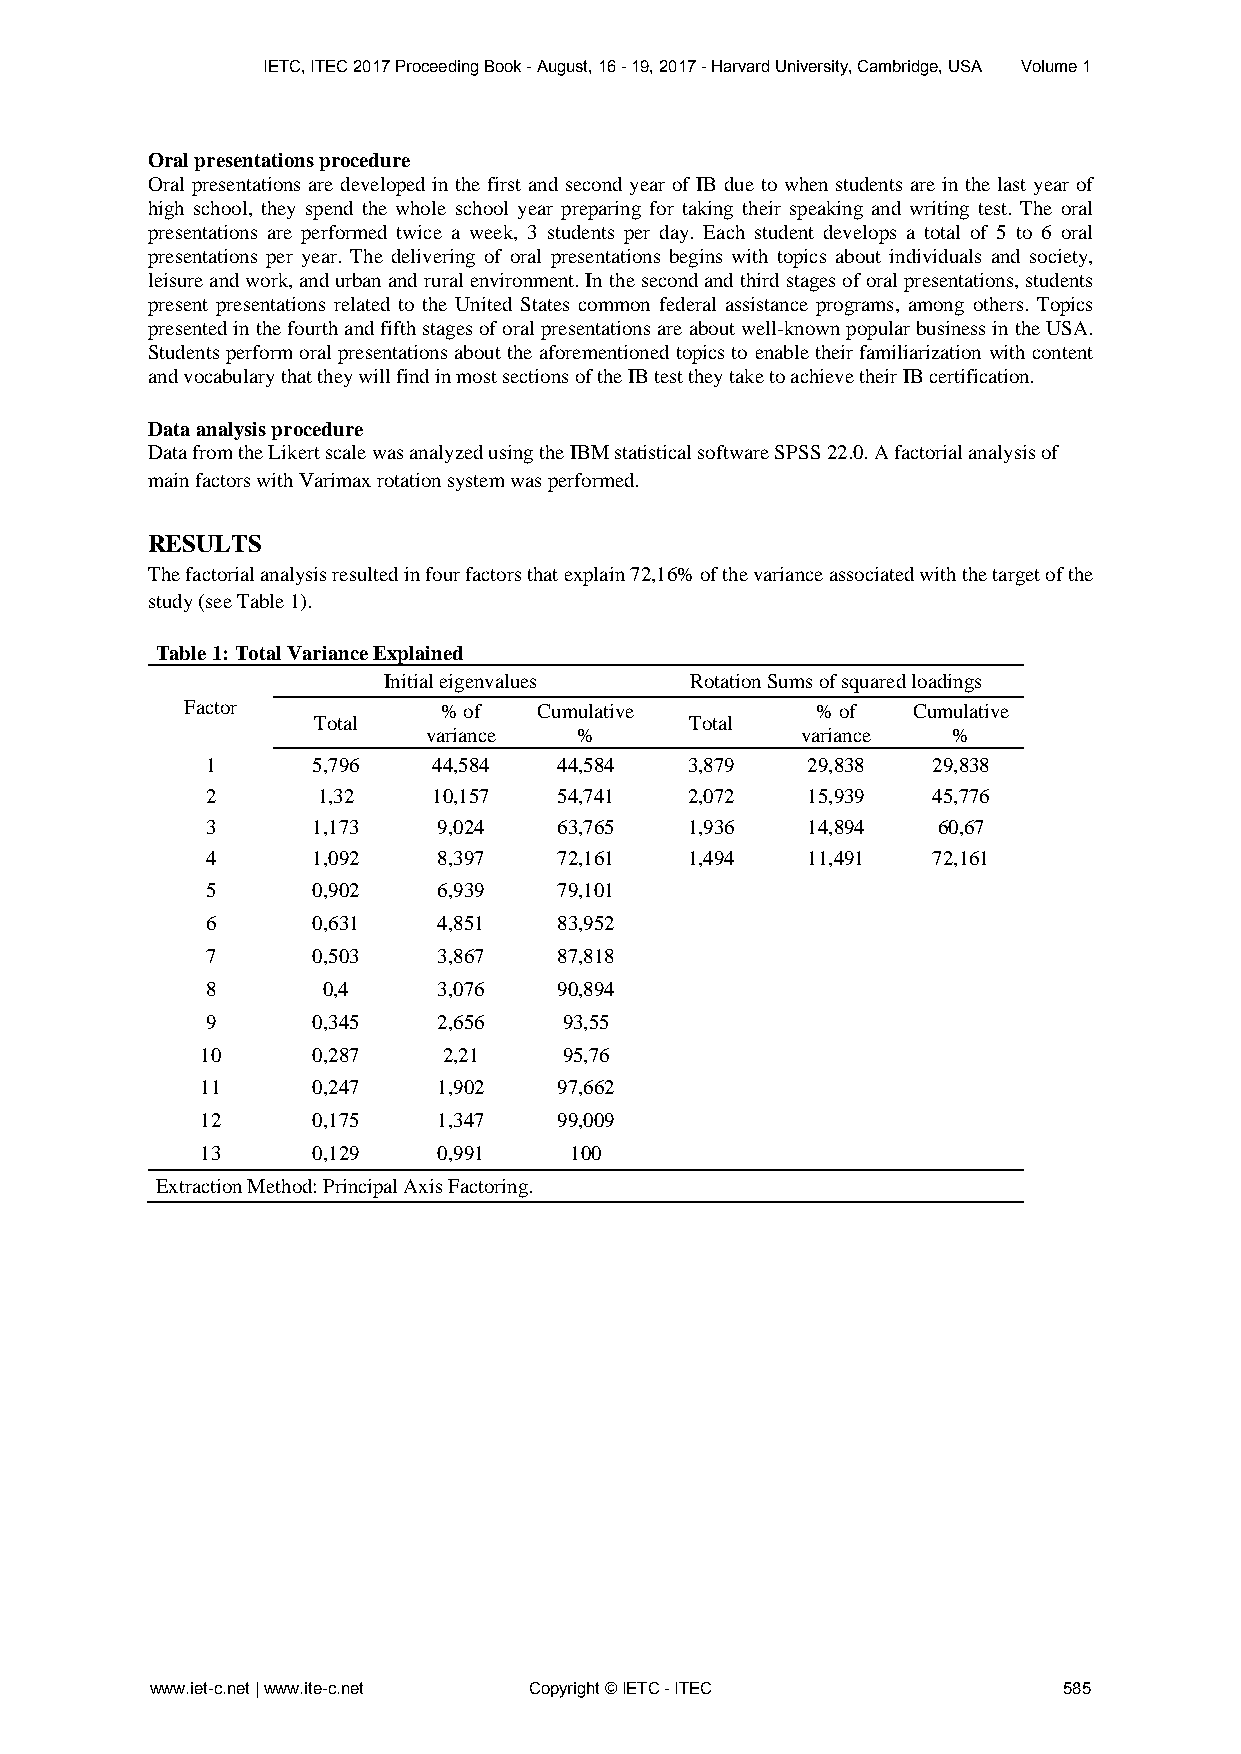
IETC, ITEC 2017 Proceeding Book - August, 16 - 19, 2017 - Harvard University, Cambridge, USA Volume 1
 Oral presentations procedure
 Oral presentations are developed in the first and second year of IB due to when students are in the last year of
 high school, they spend the whole school year preparing for taking their speaking and writing test. The oral
 presentations are performed twice a week, 3 students per day. Each student develops a total of 5 to 6 oral
 presentations per year. The delivering of oral presentations begins with topics about individuals and society,
 leisure and work, and urban and rural environment. In the second and third stages of oral presentations, students
 present presentations related to the United States common federal assistance programs, among others. Topics
 presented in the fourth and fifth stages of oral presentations are about well-known popular business in the USA.
 Students perform oral presentations about the aforementioned topics to enable their familiarization with content
 and vocabulary that they will find in most sections of the IB test they take to achieve their IB certification.
 Data analysis procedure
 Data from the Likert scale was analyzed using the IBM statistical software SPSS 22.0. A factorial analysis of
 main factors with Varimax rotation system was performed.
 RESULTS
 The factorial analysis resulted in four factors that explain 72,16% of the variance associated with the target of the
 study (see Table 1).
 Table 1: Total Variance Explained
 Initial eigenvalues  Rotation Sums of squared loadings
 Factor           % of   Cumulative        % of  Cumulative
 Total                    Total
 variance  %              variance  %
 1      5,796   44,584  44,584   3,879  29,838   29,838
 2      1,32    10,157  54,741   2,072  15,939   45,776
 3      1,173   9,024   63,765   1,936  14,894   60,67
 4      1,092   8,397   72,161   1,494  11,491   72,161
 5      0,902   6,939   79,101
 6      0,631   4,851   83,952
 7      0,503   3,867   87,818
 8      0,4     3,076   90,894
 9      0,345   2,656   93,55
 10      0,287   2,21    95,76
 11      0,247   1,902   97,662
 12      0,175   1,347   99,009
 13      0,129   0,991    100
 Extraction Method: Principal Axis Factoring.
 www.iet-c.net | www.ite-c.net Copyright © IETC - ITEC       585